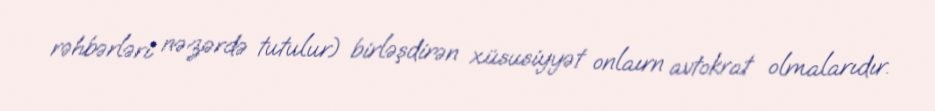
rəhbərləri nəzərdə tutulur) birləşdirən xüsusiyyət onlaırn avtokrat olmalarıdır.